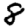
Digit: 8